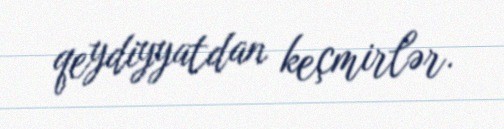
qeydiyyatdan keçmirlər.